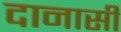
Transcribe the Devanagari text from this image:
दानासी